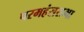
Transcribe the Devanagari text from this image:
परमहंससभा